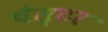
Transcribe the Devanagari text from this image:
चैस्टर